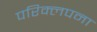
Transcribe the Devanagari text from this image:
परिक्लपना